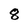
Character: 8